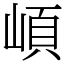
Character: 崸